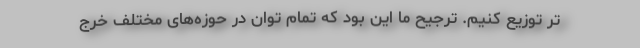
تر توزیع کنیم. ترجیح ما این بود که تمام توان در حوزه‌های مختلف خرج